Document type: Sale
Year: 1423
Scribe: Joan Franc
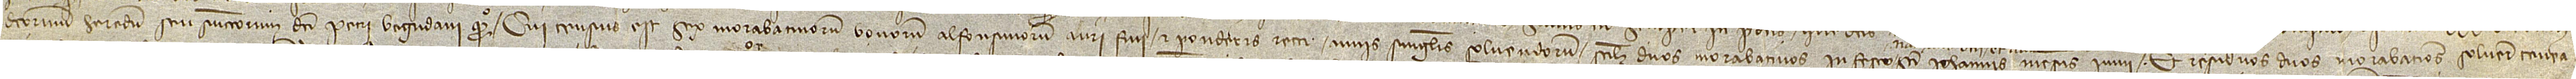
dictorum heredum seu successorum dicti Petri Bagudani, quondam. Qui census est sex morabatinorum bonorum alfonsinorum auri fini et ponderis recti annis singulis solvendorum, scilicet, duos morabatinos in festo Sancti Iohannis mensis iunii, et residuos duos morabatinos solvere tenea-